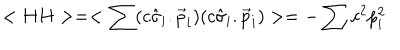
< H H > = < \sum ( c \hat { \sigma } _ { i } . \vec { p } _ { i } ) ( c \hat { \sigma } _ { i } . \vec { p } _ { i } ) > = - \sum c ^ { 2 } p _ { i } ^ { 2 }